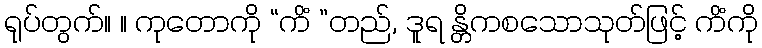
ရုပ်တွက်။ ။ ကုတောကို “ကိံ ”တည်, ဒူရ န္တိကစသောသုတ်ဖြင့် ကိံကို